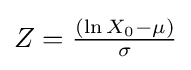
Z={\tfrac {\left(\ln X_{0}-\mu \right)}{\sigma }}